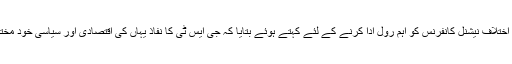
سابق چیف ٹیکس کمشنر غلام رسول صوفی نے حزب اختلاف نیشنل کانفرنس کو اہم رول ادا کرنے کے لئے کہتے ہوئے بتایا کہ جی ایس ٹی کا نفاذ یہاں کی اقتصادی اور سیاسی خود مختاری پر ایک بڑی چوٹ ہے جسے بچا لیا جانا چاہیئے۔